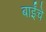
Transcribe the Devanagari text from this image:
बाईंचे